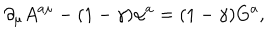
\partial _ { \mu } A ^ { a \mu } - ( 1 - \gamma ) \alpha ^ { a } = ( 1 - \gamma ) G ^ { a } ,